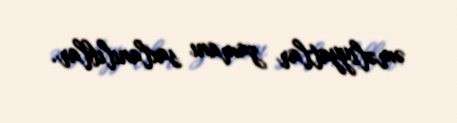
əməliyyatlar zamanı saxlanılıblar.